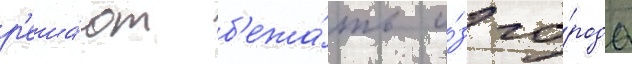
р'еша́ют б'ежа́ть и́з го́рода